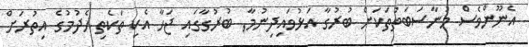
އެނޫންވެސް މުނާސަބަތުތަކަށް ބުރުގާ އަޅުވައިދިނުމާ